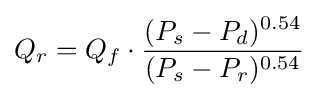
Q_{r}=Q_{f}\cdot {\frac {{(P_{s}-P_{d}})^{0.54}}{{(P_{s}-P_{r}})^{0.54}}}